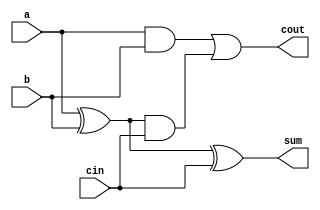
// This program was cloned from: https://github.com/Darkborderman/schoolWorks
// License: BSD 2-Clause "Simplified" License

module full_adder (cin, a,b, sum, cout);
input cin,a,b;
output sum,cout;
wire temp,store,result;
xor (temp,a,b);
xor (sum,temp,cin);
and (result,a,b);
and (store,temp,cin);
or (cout,result, store);
endmodule